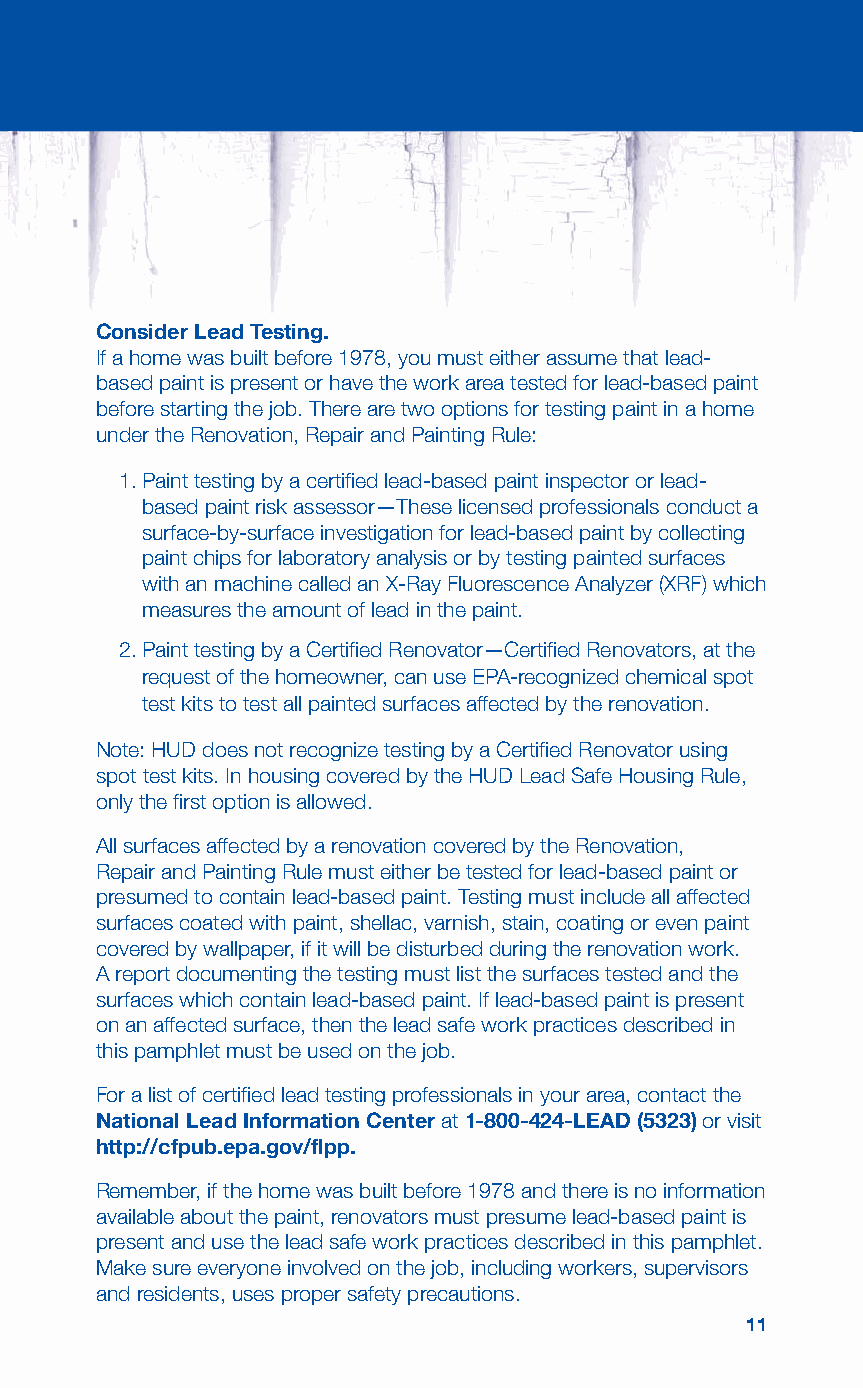
Consider Lead Testing.
 If a home was built before 1978, you must either assume that lead-
 based paint is present or have the work area tested for lead-based paint
 before starting the job. There are two options for testing paint in a home
 under the Renovation, Repair and Painting Rule:
 1. Paint testing by a certified lead-based paint inspector or lead-
 based paint risk assessor—These licensed professionals conduct a
 surface-by-surface investigation for lead-based paint by collecting
 paint chips for laboratory analysis or by testing painted surfaces
 with an machine called an X-Ray Fluorescence Analyzer (XRF) which
 measures the amount of lead in the paint.
 2. Paint testing by a Certified Renovator—Certified Renovators, at the
 request of the homeowner, can use EPA-recognized chemical spot
 test kits to test all painted surfaces affected by the renovation.
 Note: HUD does not recognize testing by a Certified Renovator using
 spot test kits. In housing covered by the HUD Lead Safe Housing Rule,
 only the first option is allowed.
 All surfaces affected by a renovation covered by the Renovation,
 Repair and Painting Rule must either be tested for lead-based paint or
 presumed to contain lead-based paint. Testing must include all affected
 surfaces coated with paint, shellac, varnish, stain, coating or even paint
 covered by wallpaper, if it will be disturbed during the renovation work.
 A report documenting the testing must list the surfaces tested and the
 surfaces which contain lead-based paint. If lead-based paint is present
 on an affected surface, then the lead safe work practices described in
 this pamphlet must be used on the job.
 For a list of certified lead testing professionals in your area, contact the
 National Lead Information Center at 1-800-424-LEAD (5323) or visit
 http://cfpub.epa.gov/flpp.
 Remember, if the home was built before 1978 and there is no information
 available about the paint, renovators must presume lead-based paint is
 present and use the lead safe work practices described in this pamphlet.
 Make sure everyone involved on the job, including workers, supervisors
 and residents, uses proper safety precautions.
 1111